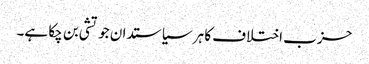
حزب اختلاف کا ہر سیاستدان جوتشی بن چکا ہے۔